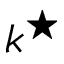
k ^ { \star }